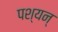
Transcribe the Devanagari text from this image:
पश्यन्